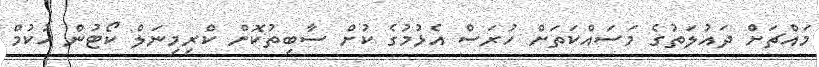
މައްޗަށް ދައުލަތުގެ މަސައްކަތަށް ހުރަސް އެޅުމުގެ ކުށް ސާބިތުކޮށް ކްރިމިނަލް ކޯޓުން ހުކުމް